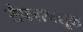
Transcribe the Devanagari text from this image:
सैफलमलूक